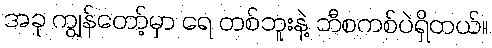
အခု ကျွန်တော့်မှာ ရေ တစ်ဘူးနဲ့ ဘီစကစ်ပဲရှိတယ်။